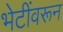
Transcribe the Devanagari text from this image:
भेटींवरून